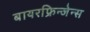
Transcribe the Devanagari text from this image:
बायरफ्रिन्जेन्स